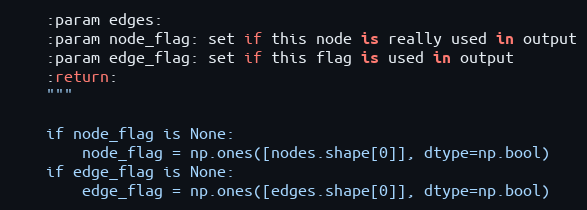
Language: Python
    :param edges:
    :param node_flag: set if this node is really used in output
    :param edge_flag: set if this flag is used in output
    :return:
    """

    if node_flag is None:
        node_flag = np.ones([nodes.shape[0]], dtype=np.bool)
    if edge_flag is None:
        edge_flag = np.ones([edges.shape[0]], dtype=np.bool)